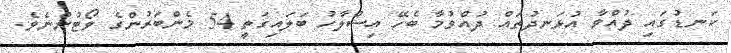
ކަނޑުގައި ދުއްވާ އުޅަނދުތައް ދުއްވުމާ ބެހޭ އިސްލާހު ބަލައިގަތީ 54 މެންބަރުންގެ ވޯޓުންނެވެ.